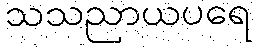
သသညာယပရေ